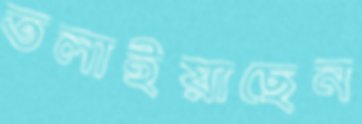
তলাইয়াছেন